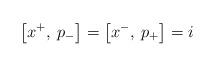
LaTeX: \begin{align*}\left[ x^{+},\: p_{-}\right] =\left[ x^{-},\: p_{+}\right] =i\end{align*}